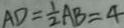
A D = \frac { 1 } { 2 } A B = 4